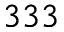
3 3 3